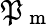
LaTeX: \mathfrak{P}_{\mathrm{{~m~}}}